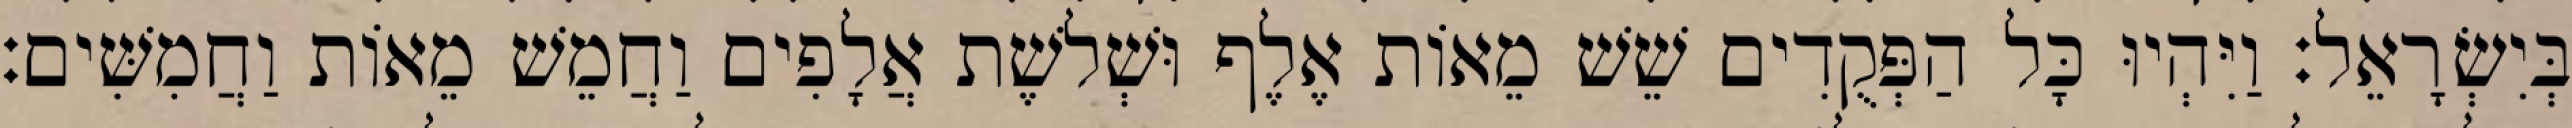
בְּיִשְׂרָאֵל׃ וַיִּהְיוּ כָּל הַפְּקֻדִים שֵׁשׁ מֵאוֹת אֶלֶף וּשְׁלשֶׁת אֲלָפִים וַחֲמֵשׁ מֵאוֹת וַחֲמִשִּׁים׃